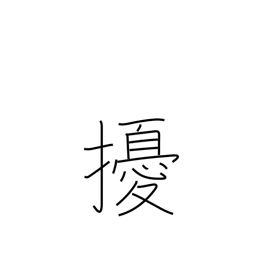
Meaning: throw into confusion